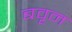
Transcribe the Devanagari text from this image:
बवृन